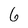
Character: 6